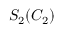
S _ { 2 } ( C _ { 2 } )